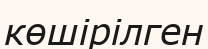
көшірілген